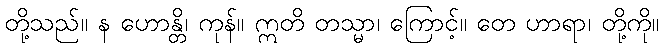
တို့သည်။ န ဟောန္တိ၊ ကုန်။ ဣတိ တသ္မာ၊ ကြောင့်။ တေ ဟာရာ၊ တို့ကို။